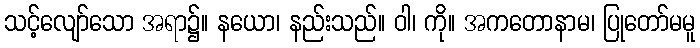
သင့်လျော်သော အရာ၌။ နယော၊ နည်းသည်။ ဝါ၊ ကို။ အကတောနာမ၊ ပြုတော်မမူ